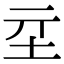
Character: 𡉝